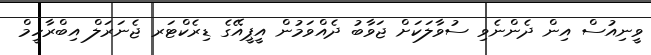
ވީނިއުސް އިން ދެންނެވި ސުވާލަކަށް ޖަވާބު ދެއްވަމުން އީޕީއޭގެ ޑިރެކްޓަރ ޖެނަރަލް އިބްރާހީމް